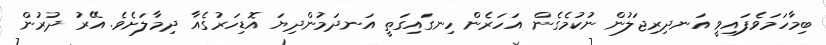
ބިމާހަމަވެފައިވީ އަނދިރިޖަލުން ނުކުމެގެން އަހަރެން ހިނގައިގަތީ އަނދަމުންދިޔަ އޮޑިހަރުގެއާ ދިމާލަށެވެ. އޭރު ދުރުން